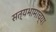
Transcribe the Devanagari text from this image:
सत्यभामाच्या